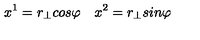
x ^ { 1 } = r _ { \bot } c o s \varphi \quad x ^ { 2 } = r _ { \bot } s i n \varphi